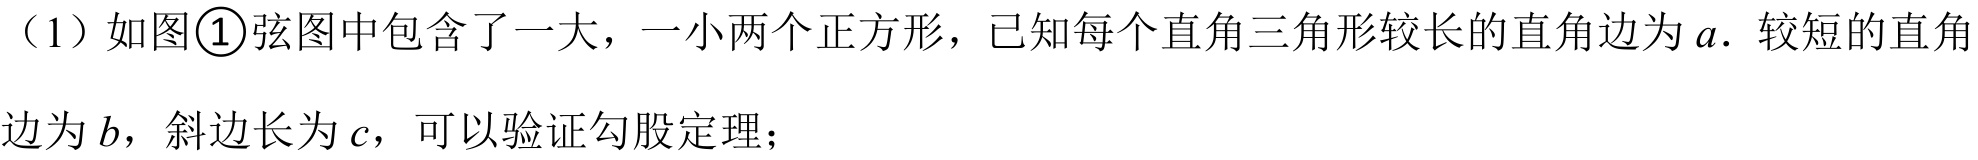
（1）如图\textcircled{1}弦图中包含了一大，一小两个正方形，已知每个直角三角形较长的直角边为\(a\). 较短的直角
边为\(b\)，斜边长为\(c\)，可以验证勾股定理；